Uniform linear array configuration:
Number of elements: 64
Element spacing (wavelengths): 0.75
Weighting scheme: uniform
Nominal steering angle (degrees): -15
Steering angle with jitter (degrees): -16.902
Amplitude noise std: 0.05
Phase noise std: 0.05

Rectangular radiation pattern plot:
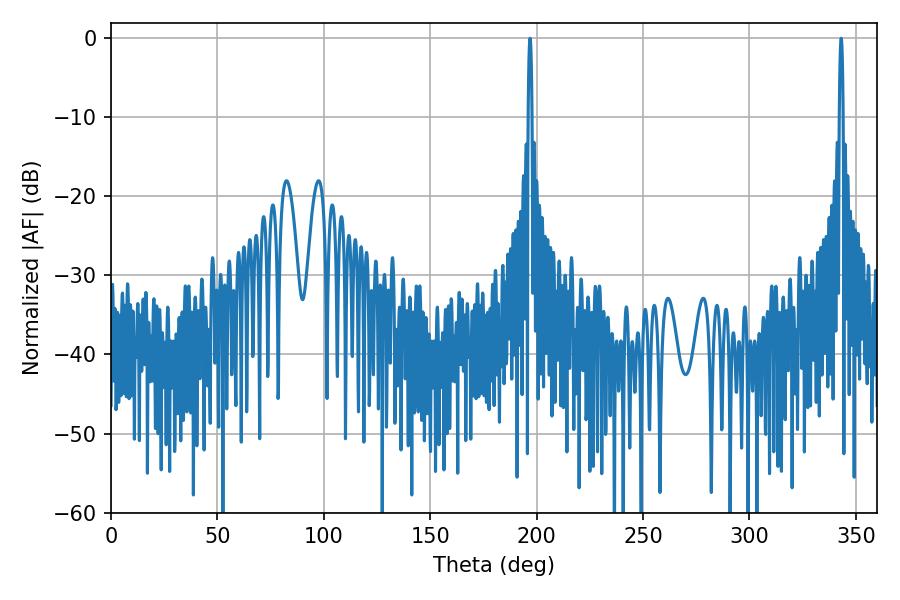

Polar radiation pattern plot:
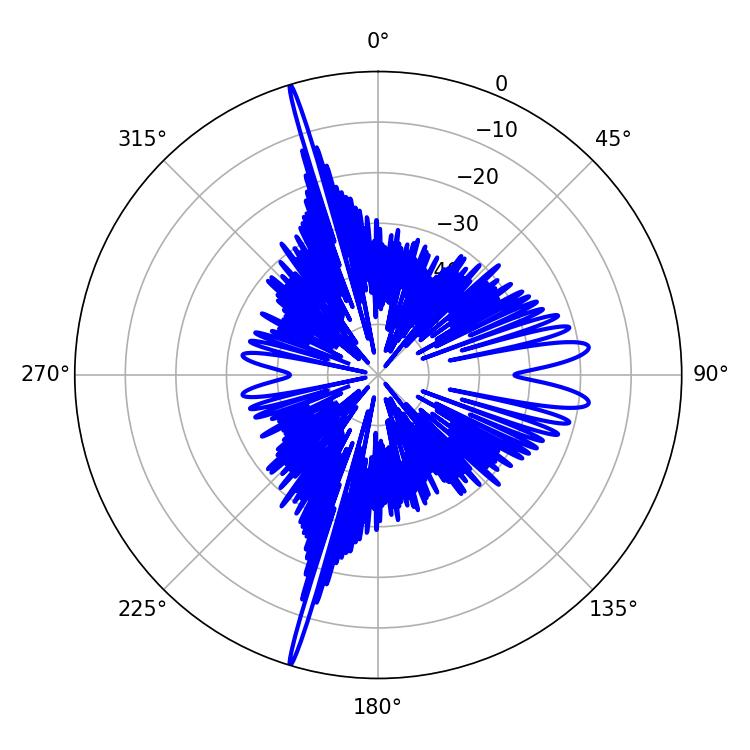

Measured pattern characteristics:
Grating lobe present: TRUE
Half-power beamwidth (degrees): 0.9
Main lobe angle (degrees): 343.08